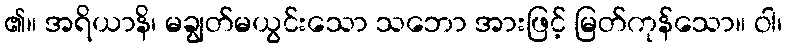
၏။ အရိယာနိ၊ မချွတ်မယွင်းသော သဘော အားဖြင့် မြတ်ကုန်သော။ ဝါ၊